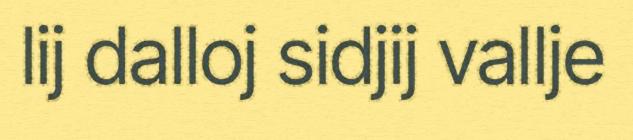
lij dalloj sidjij vallje